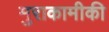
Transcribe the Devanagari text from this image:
मुराकामीकी